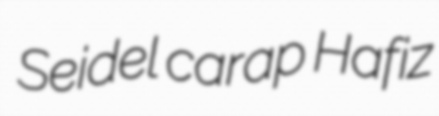
Seidel carap Hafiz